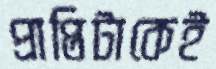
প্রাপ্তিটাকেই